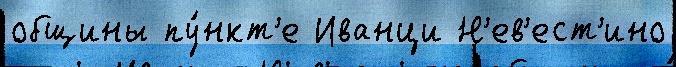
общины пу́нкт'е Иванци Н'ев'ест'ино